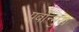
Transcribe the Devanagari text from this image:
पूर्वोन्मुख